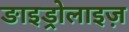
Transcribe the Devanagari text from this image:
ङाइड्रोलाइज़